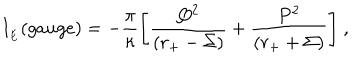
LaTeX: I _ { \phantom { } _ { E } } ( g a u g e ) = - \frac { \pi } { \kappa } \Biggl [ \frac { Q ^ { 2 } } { ( r _ { + } - \Sigma ) } + \frac { P ^ { 2 } } { ( r _ { + } + \Sigma ) } \Biggr ] \ ,